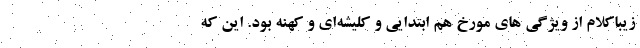
زیباکلام از ویژگی های مورخ هم ابتدایی و کلیشه‌ای و کهنه بود. این که